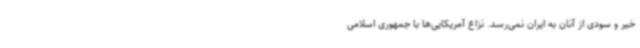
خیر و سودی از آنان به ایران نمی‌رسد. نزاع آمریکایی‌ها با جمهوری اسلامی